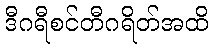
ဒီဂရီစင်တီဂရိတ်အထိ